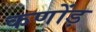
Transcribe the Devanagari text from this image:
कणोंड़